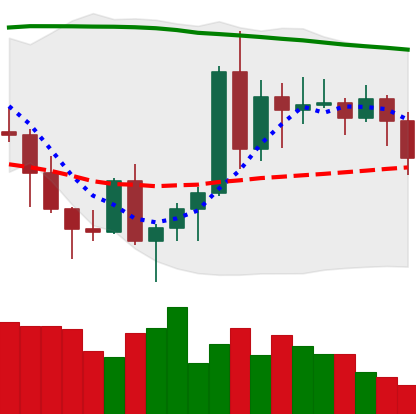
Ticker: ADA-USD
Chart end date: 2020-11-15
Forward return: 17.601%
Label: up_7plus